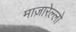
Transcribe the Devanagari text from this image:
माज़ारेल्लो